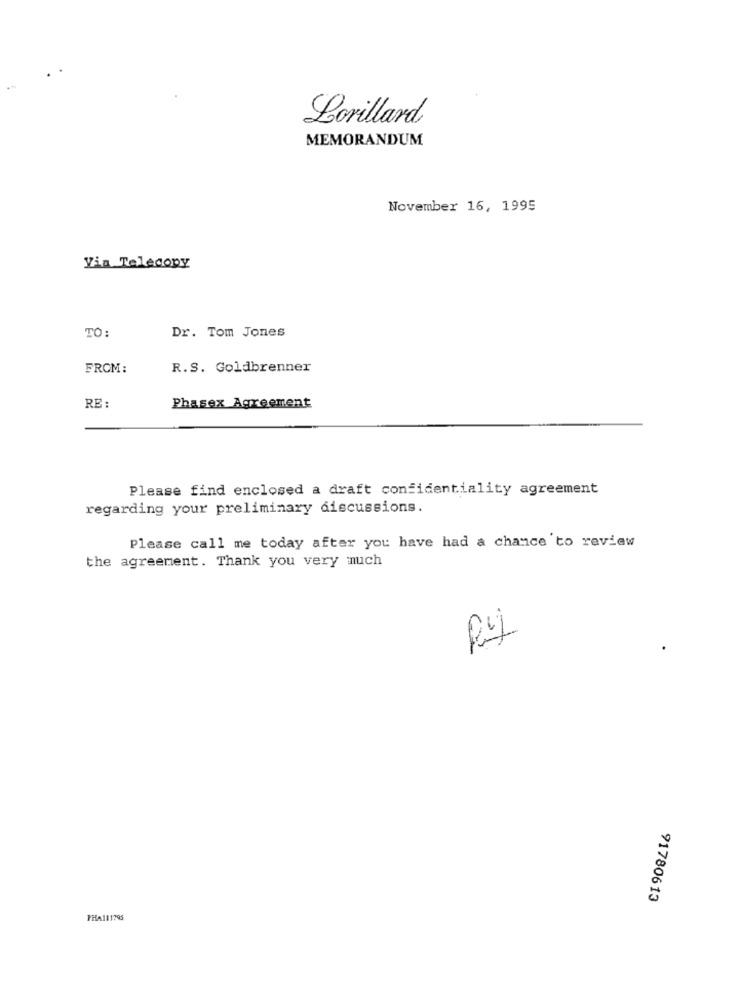
Lorillard
MEMORANDUM
November 16, 1995
Via Telecopy
Dr. Tom Jones
TO:
FROM:
R.S. Goldbrenner
RE
Phasex Agreement
Please find enclosed a draft confidentiality agreement
regarding your preliminary discussions.
Please call me today after you have had a chance to review
the agreement. Thank you very much
Ry
91780613
PHA111295